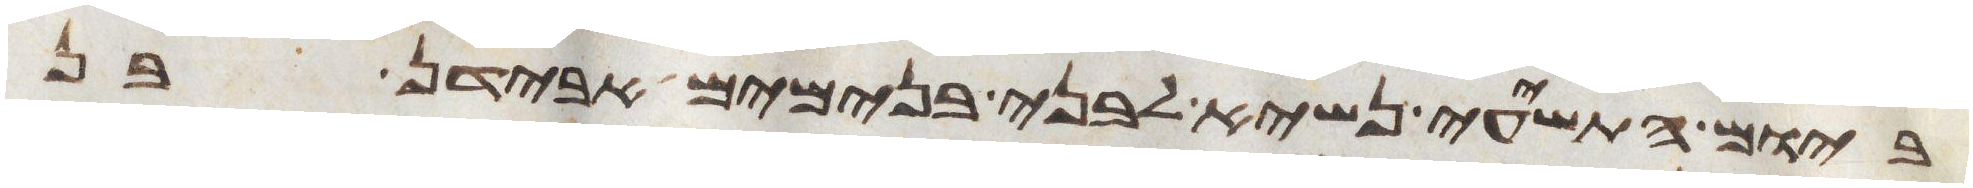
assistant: ביום התשעי נשיא לבני בנימים אבידן בן